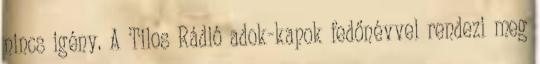
nincs igény. A Tilos Rádió adok-kapok fedőnévvel rendezi meg